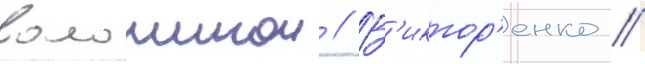
волошинои // В'иктор'енко //